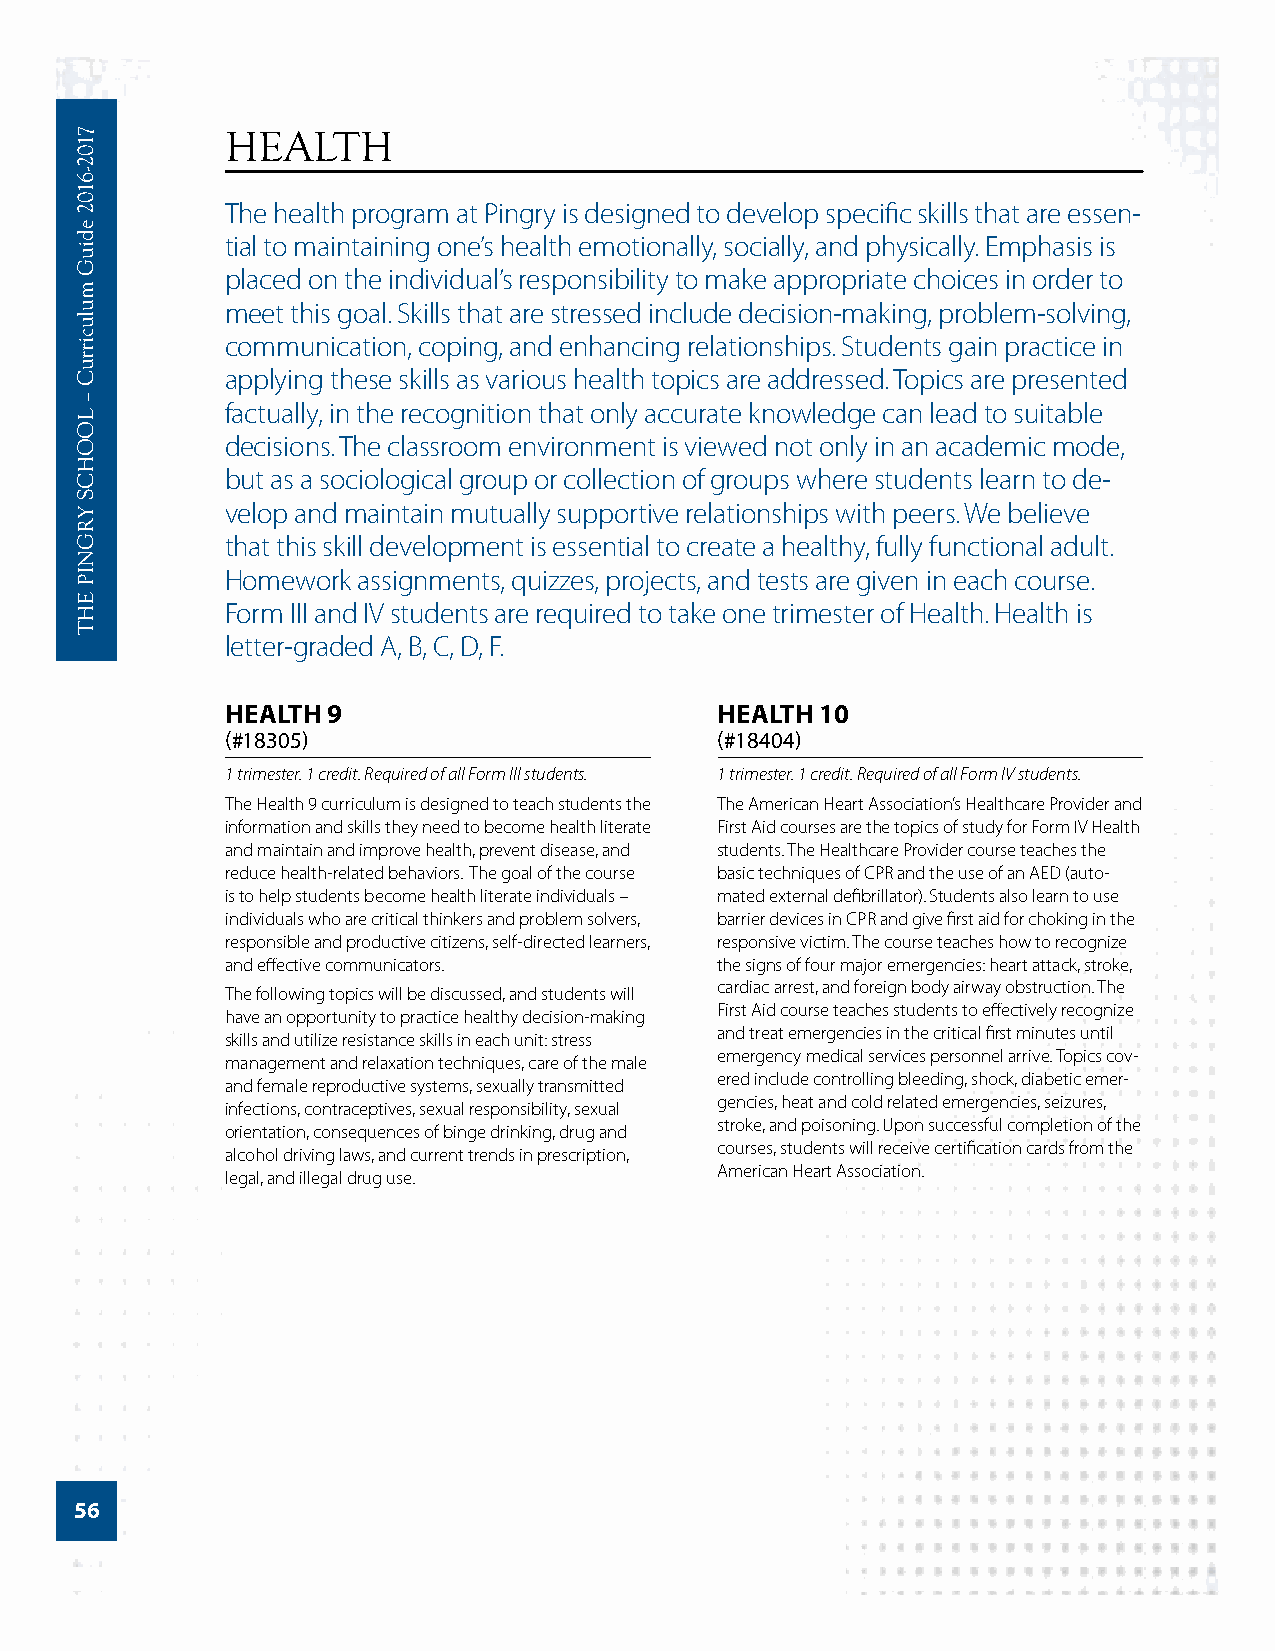
HEALTH
 The health program at Pingry is designed to develop specific skills that are essen-
 tial to maintaining one’s health emotionally, socially, and physically. Emphasis is
 placed on the individual’s responsibility to make appropriate choices in order to
 meet this goal. Skills that are stressed include decision-making, problem-solving,
 communication, coping, and enhancing relationships. Students gain practice in
 applying these skills as various health topics are addressed. Topics are presented
 factually, in the recognition that only accurate knowledge can lead to suitable
 decisions. The classroom environment is viewed not only in an academic mode,
 but as a sociological group or collection of groups where students learn to de-
 velop and maintain mutually supportive relationships with peers. We believe
 that this skill development is essential to create a healthy, fully functional adult.
 Homework assignments, quizzes, projects, and tests are given in each course.
 Form III and IV students are required to take one trimester of Health. Health is
 letter-graded A, B, C, D, F.
 HEALTH 9                         HEALTH 10
 (#18305)                        (#18404)
 1 trimester. 1 credit. Required of all Form III students. 1 trimester. 1 credit. Required of all Form IV students.
 The Health 9 curriculum is designed to teach students the The American Heart Association’s Healthcare Provider and
 information and skills they need to become health literate First Aid courses are the topics of study for Form IV Health
 and maintain and improve health, prevent disease, and students. The Healthcare Provider course teaches the
 reduce health-related behaviors. The goal of the course basic techniques of CPR and the use of an AED (auto-
 is to help students become health literate individuals – mated external defibrillator). Students also learn to use
 individuals who are critical thinkers and problem solvers, barrier devices in CPR and give first aid for choking in the
 responsible and productive citizens, self-directed learners, responsive victim. The course teaches how to recognize
 and effective communicators.    the signs of four major emergencies: heart attack, stroke,
 cardiac arrest, and foreign body airway obstruction. The
 The following topics will be discussed, and students will
 First Aid course teaches students to effectively recognize
 have an opportunity to practice healthy decision-making
 and treat emergencies in the critical first minutes until
 skills and utilize resistance skills in each unit: stress
 emergency medical services personnel arrive. Topics cov-
 management and relaxation techniques, care of the male
 ered include controlling bleeding, shock, diabetic emer-
 and female reproductive systems, sexually transmitted
 gencies, heat and cold related emergencies, seizures,
 infections, contraceptives, sexual responsibility, sexual
 stroke, and poisoning. Upon successful completion of the
 orientation, consequences of binge drinking, drug and
 courses, students will receive certification cards from the
 alcohol driving laws, and current trends in prescription,
 American Heart Association.
 legal, and illegal drug use.
 56
 7102-­6102
 ediuG
 mulucirruC
 –
 LOOHCS
 YRGNIP
 EHT